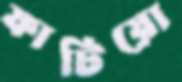
ফাটিয়ো